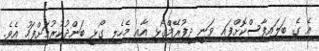
އެ ގެ ބަލައިފާސްކޮށްފައި ވަނީ ދީފުރޭމްގޯޅި އާއި މެހެލި ގޯޅީ ބަންދުކުރުމަށްފަހު އެވެ.